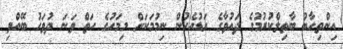
އިންތިހާބު ބާތިލްކުރުމުގެ ދައުވާގެ އަޑުއެހުން ނިމުމަކަށް މިމަހުގެ ހަތް ވަނަ ދުވަހު ބޭއްވި